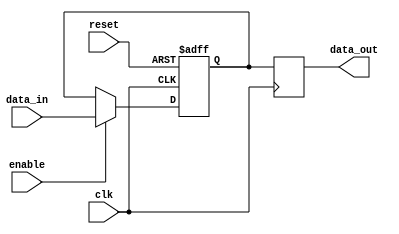
module SimpleBypassRegister(
    input wire clk,
    input wire reset,
    input wire enable,
    input wire [DATA_WIDTH-1:0] data_in,
    output reg [DATA_WIDTH-1:0] data_out
);

parameter DATA_WIDTH = 8; // Specify the data width

reg [DATA_WIDTH-1:0] internal_data;

always @(posedge clk or posedge reset) begin
    if (reset) begin
        internal_data <= 0;
    end else begin
        if (enable) begin
            internal_data <= data_in;
        end
    end
end

always @(posedge clk) begin
    data_out <= internal_data;
end

endmodule